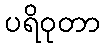
ပရိဝုတာ